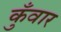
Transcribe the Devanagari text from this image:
कुँवार